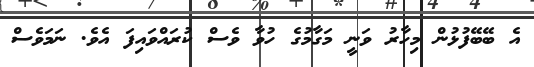
އެ ބޭބޭފުޅުން މިހާރު ވަނީ މަގާމުގެ ހުވާ ވެސް ކުރައްވައިފަ އެވެ. ނަމަވެސް